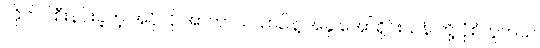
လိုက်ပါစီးနင်းခဲ့တဲ့ အပိုလို အာကာသယာဉ်နဲ့ အခု အော်ရိုင်းယန် တို့ ပုံစံတူတယ်